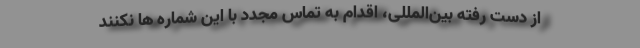
از دست ‌رفته بین‌المللی، اقدام به تماس مجدد با این شماره‌ ها نکنند